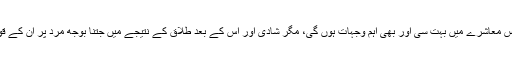
اس میں کوئی شک نہیں کہ جنسی آزادی اور ہمارے حساب سے بے راہ روی کی اُس معاشرے میں بہت سی اور بھی اہم وجہات ہوں گی، مگر شادی اور اس کے بعد طلاق کے نتیجے میں جتنا بوجھ مرد پر اُن کے قوانین میں ڈالا گیا ہے وہ ان لوگوں کو آزدی کی زندگی گزارنے پر مجبور کرتا ہے۔